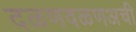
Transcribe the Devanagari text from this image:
दळणवळणअची